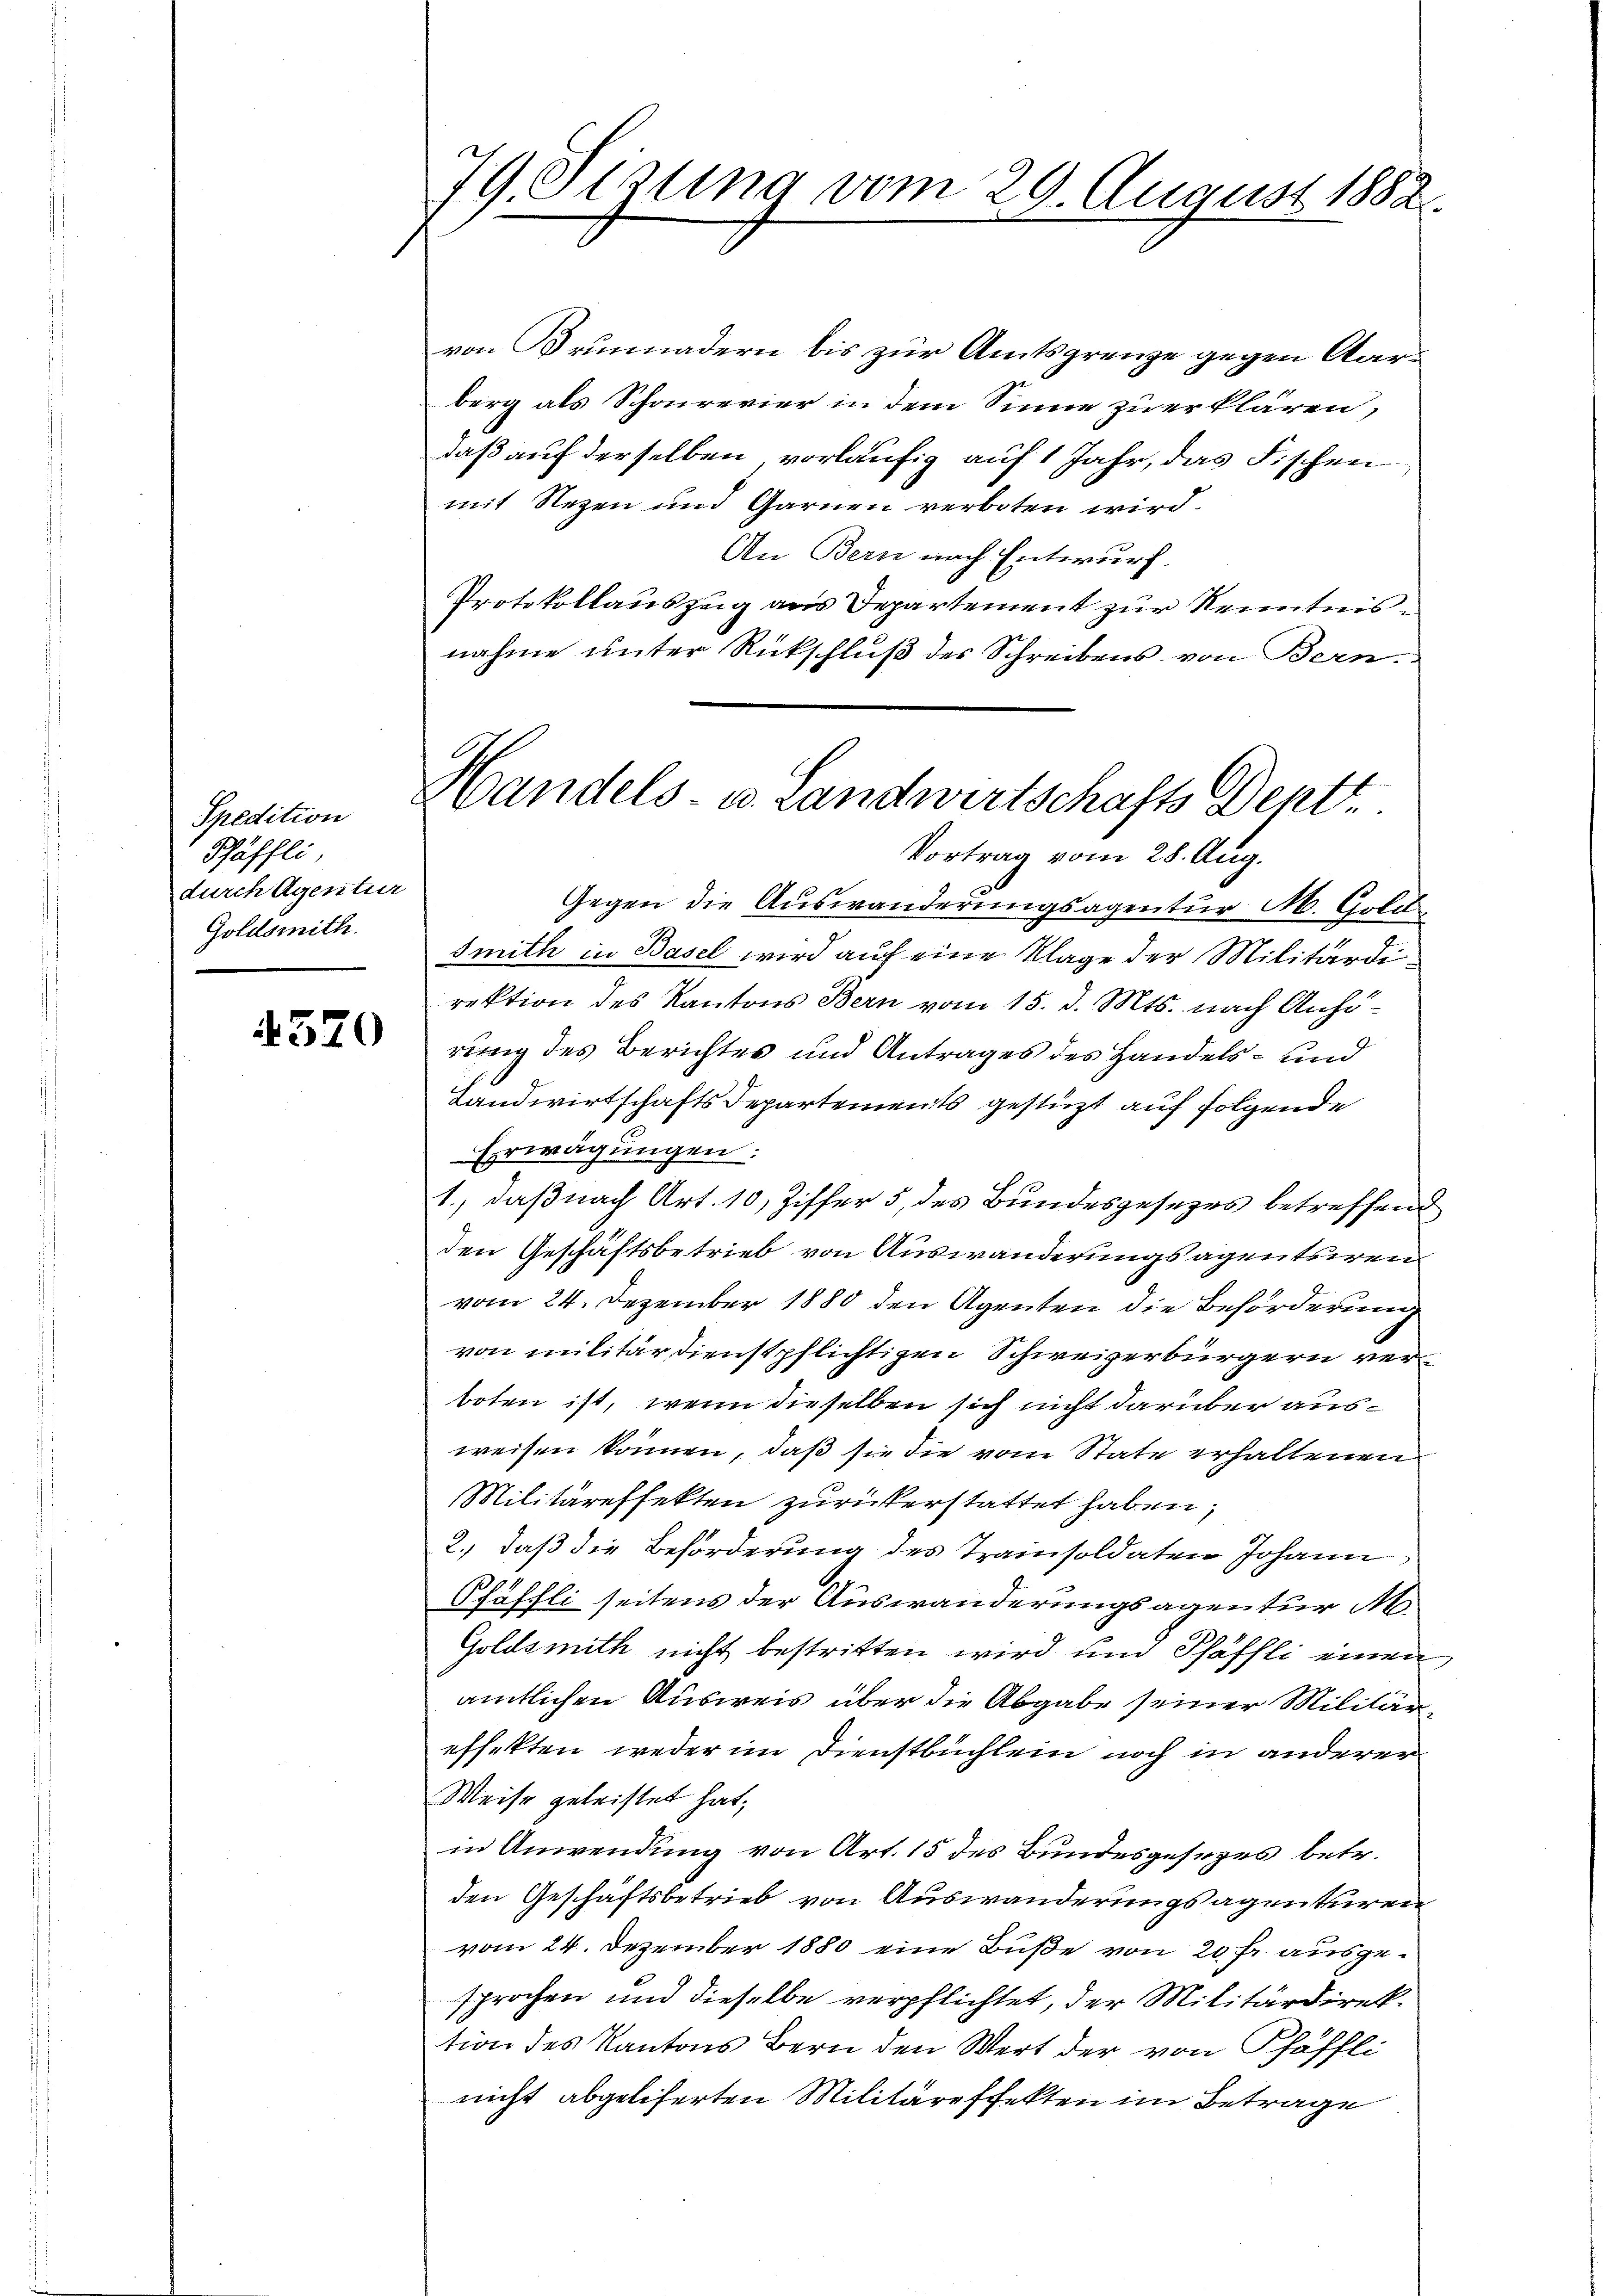
Spedition
Phäffli
durch Agentur
Goldsmith

4520

79 Otzung vom 29. August 1882.

von Brunnadern bis zur Amtsgrenze gegen Aarberg als Schonrevier in dem Sinne zu erklären,
daß auf derselben, vorläufig auf 1 Jahr, das Fischen
mit Rezen und Garnen verboten wird.
An Bern nach Entwurf.
Protokollauszug aus Departement zur Kenntnisnahme unter Rückschluß des Schreibens von Bern.
Vortrag vom 28. Aug.
Gegen die Auswanderungsagentur M. Gold
Smith in Basel wird auf eine Klage der Militärdirektion des Kantons Bern vom 15. d. Mts. nach Anhörung des Berichtes und Antrages des Handels- und
Landwirtschafts Departements gestüzt auf folgende
Erwägungen:
 10
1., daß nach Art. 10, Ziffer 5 des Bundesgesezes betreffend
den Geschäftsbetrieb von Auswanderungsagentsiren
vom 24. Dezember 1880 den Agenten die Beförderung
von militärdienstpflichtigen Schweizerbürgern verboten ist, wenn dieselben sich nicht darüber ausweisen können, daß sie die vom State erhaltenen
Militäreffekten zurückerstattet haben,
2.) daß die Beförderung des Trainsoldaten Johann
Pfäffli seitens der Auswanderungsagentur M.
Goldsmith nicht bestritten wird und Schäffli einen
amtlichen Ausweis über die Abgabe seiner Militäreffekten weder im Dienstbuchlein noch in anderer
Weise geleistet hat,
in Anwendung von Art. 15 des Bundesgesezes betr.
den Geschäftsbetrieb von Auswanderungsagenturen
vom 24. Dezember 1880 eine Buße von 20 fr. ausgesprochen und dieselbe verpflichtet, der Militärdirektion des Kantons Bern den Wert der von Pfäffli
nicht abgeleserten Militäreffekten im Betrage

Handels- u. Landwirtschafts Dentt